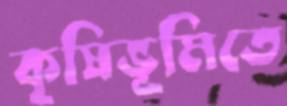
কৃষিভূমিতে